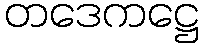
တဒေကဋ္ဌေ